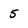
Character: 5